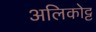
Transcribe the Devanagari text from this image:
अलिकोट्ट